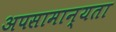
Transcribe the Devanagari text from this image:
अपसामान्यता